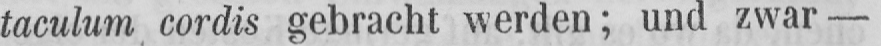
taculum cordis gebracht werden; und zwar -